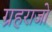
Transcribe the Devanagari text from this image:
ग्रहराजो